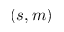
( s , m )